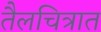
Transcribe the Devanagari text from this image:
तैलचित्रात